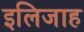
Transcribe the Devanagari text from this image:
इलिजाह